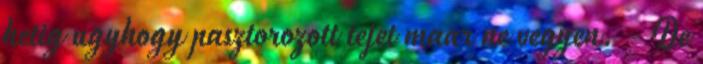
hetig ugyhogy pasztorozott tejet maar ne vegyen. - De